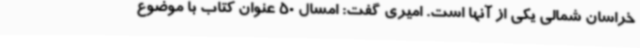
خراسان شمالی یکی از آنها است. امیری گفت: امسال 50 عنوان کتاب با موضوع